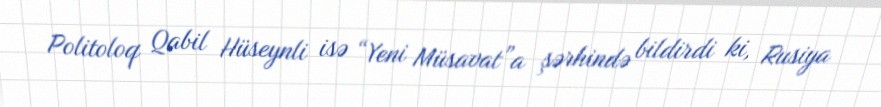
Politoloq Qabil Hüseynli isə “Yeni Müsavat”a şərhində bildirdi ki, Rusiya